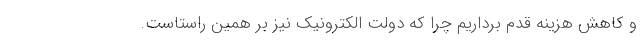
و کاهش هزینه قدم برداریم چرا که دولت الکترونیک نیز بر همین راستاست.